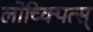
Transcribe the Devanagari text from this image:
लोच्क्पित्स्